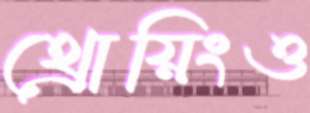
থ্রোয়িংও